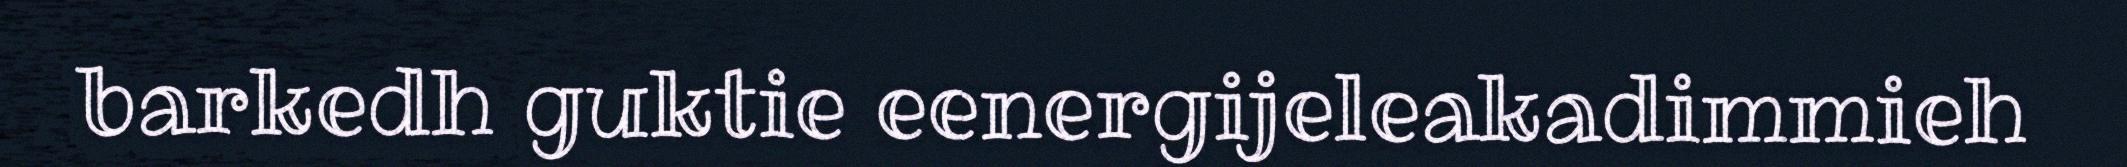
barkedh guktie eenergijeleakadimmieh